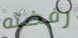
رفضته